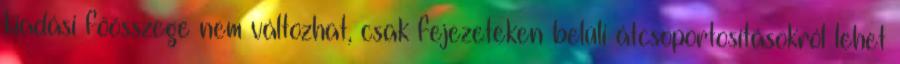
kiadási főösszege nem változhat, csak fejezeteken belüli átcsoportosításokról lehet